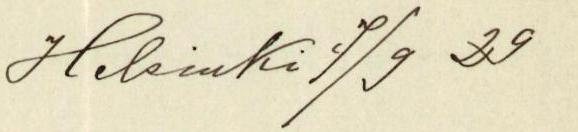
Helsinki 7/9 29